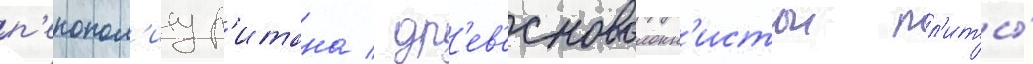
п'енопол'иур'итана / др'ев'есноволокн'истои пл'иты́